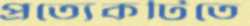
প্রত্যেকটিতে